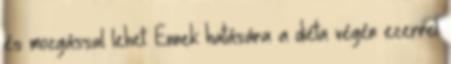
és mozgással lehet. Ennek hatására a diéta végén ezerrel